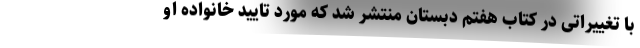
با تغییراتی در کتاب هفتم دبستان منتشر شد که مورد تایید خانواده او